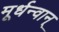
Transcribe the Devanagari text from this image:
मूर्धन्वान्‌